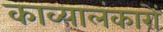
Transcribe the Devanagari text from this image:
काव्यालंकारों